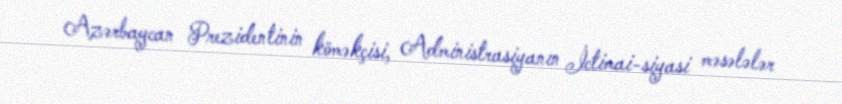
Azərbaycan Prezidentinin köməkçisi, Administrasiyanın İctimai-siyasi məsələlər